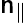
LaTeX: \mathsf{n}_{\| }